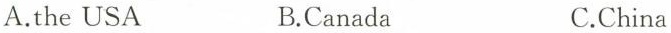
A.the USA B.Canada C.China